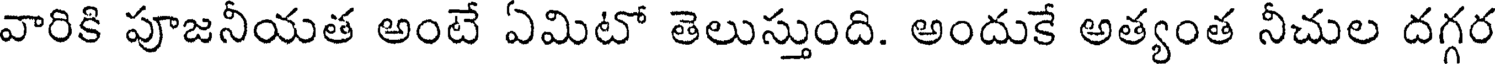
వారికి పూజనీయత అంటే ఏమిటో తెలుస్తుంది. అందుకే అత్యంత నీచుల దగ్గర